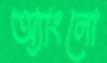
অ্যাংলো